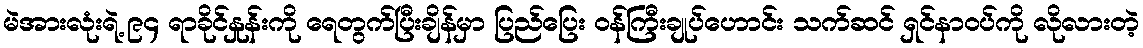
မဲအားလုံးရဲ့ ၉၄ ရာခိုင်နှုန်းကို ရေတွက်ပြီးချိန်မှာ ပြည်ပြေး ဝန်ကြီးချုပ်ဟောင်း သက်ဆင် ရှင်နာဝပ်ကို လိုလားတဲ့